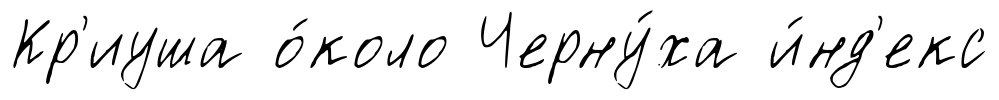
Кр'иуша о́коло Черну́ха и́нд'екс